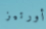
أورتيز